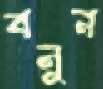
বনুন